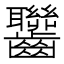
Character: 𪚁